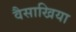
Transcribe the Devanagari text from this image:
वैसाखिया